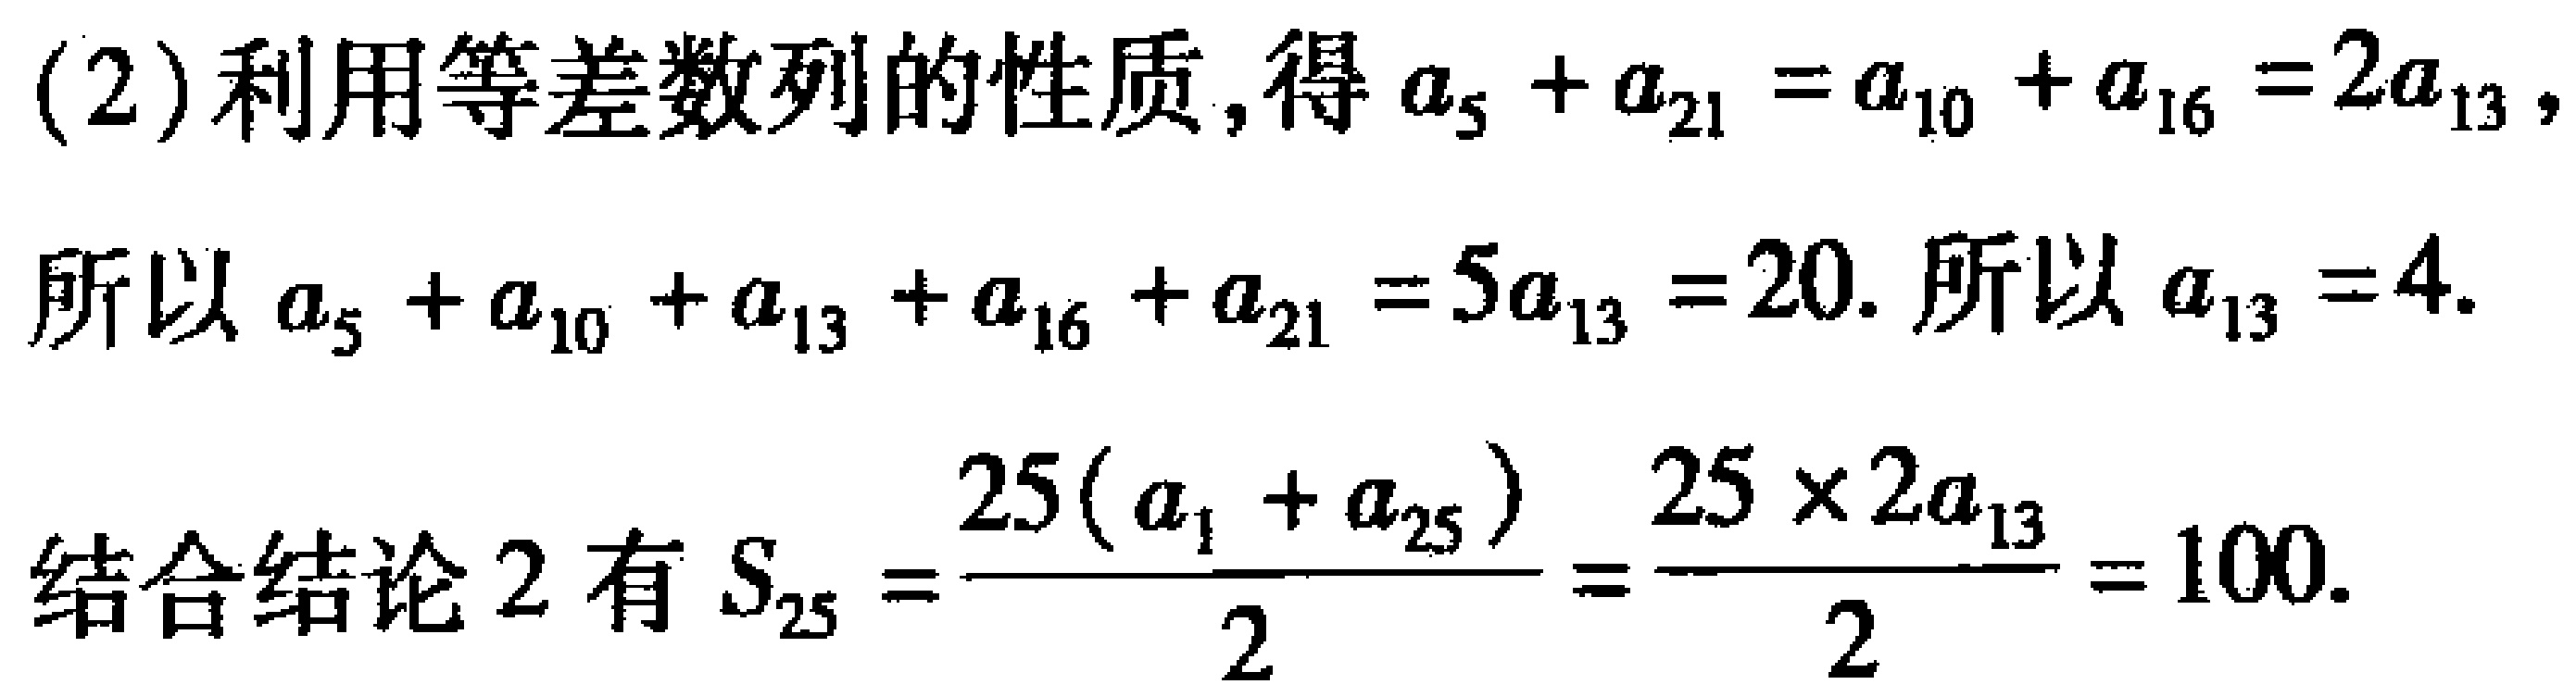
(2)利用等差数列的性质,得\(a_{5}+a_{21}=a_{10}+a_{16}=2a_{13}\),
所以\(a_{5}+a_{10}+a_{13}+a_{16}+a_{21}=5a_{13}=20\). 所以\(a_{13}=4\).

结合结论2有\(S_{25}=\frac{25(a_{1}+a_{25})}{2}=\frac{25\times 2a_{13}}{2}=100\).